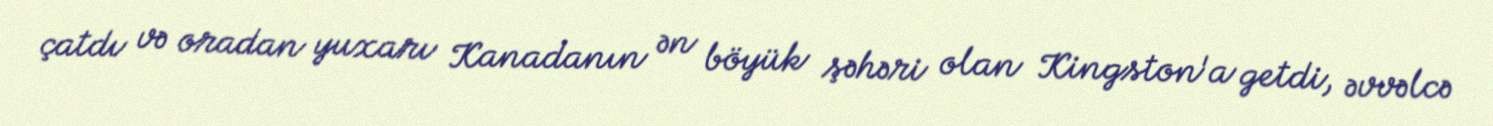
çatdı və oradan yuxarı Kanadanın ən böyük şəhəri olan Kingston'a getdi, əvvəlcə